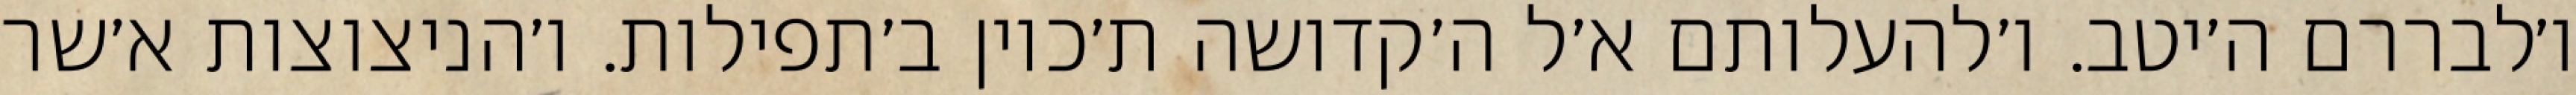
ו׳לבררם ה׳יטב. ו׳להעלותם א׳ל ה׳קדושה ת׳כוין ב׳תפילות. ו׳הניצוצות א׳שר